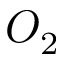
O _ { 2 }